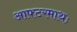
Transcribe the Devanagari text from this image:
आफ्टरमाथः